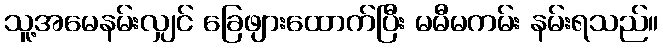
သူ့အမေနမ်းလျှင် ခြေဖျားထောက်ပြီး မမီမကမ်း နမ်းရသည်။